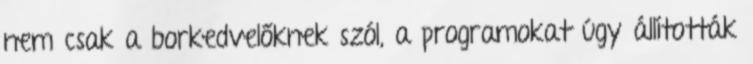
nem csak a borkedvelőknek szól, a programokat úgy állították